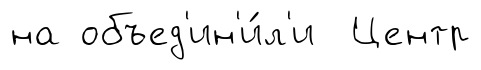
на объед'ин'и́л'и Центр